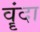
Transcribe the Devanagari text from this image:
वॄंदा